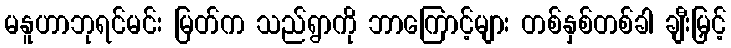
မနူဟာဘုရင်မင်း မြတ်က သည်ရွာကို ဘာကြောင့်များ တစ်နှစ်တစ်ခါ ချီးမြှင့်